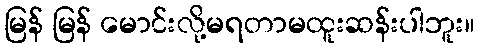
မြန် မြန် မောင်းလို့မရတာမထူးဆန်းပါဘူး။